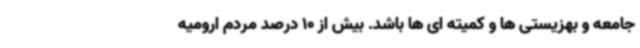
جامعه و بهزیستی ها و کمیته ای ها باشد. بیش از 10 درصد مردم ارومیه